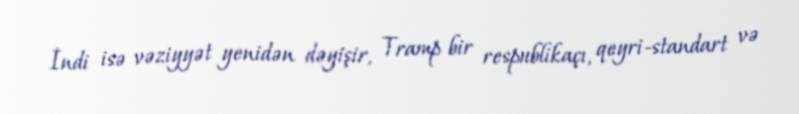
İndi isə vəziyyət yenidən dəyişir, Tramp bir respublikaçı, qeyri-standart və